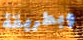
وبطريقة